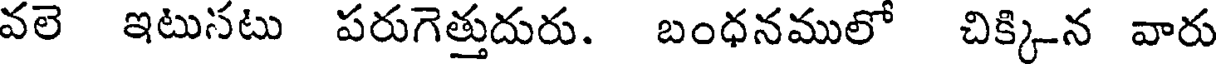
వలె ఇటుసటు పరుగెత్తుదురు. బంధనములో చిక్కిన వారు